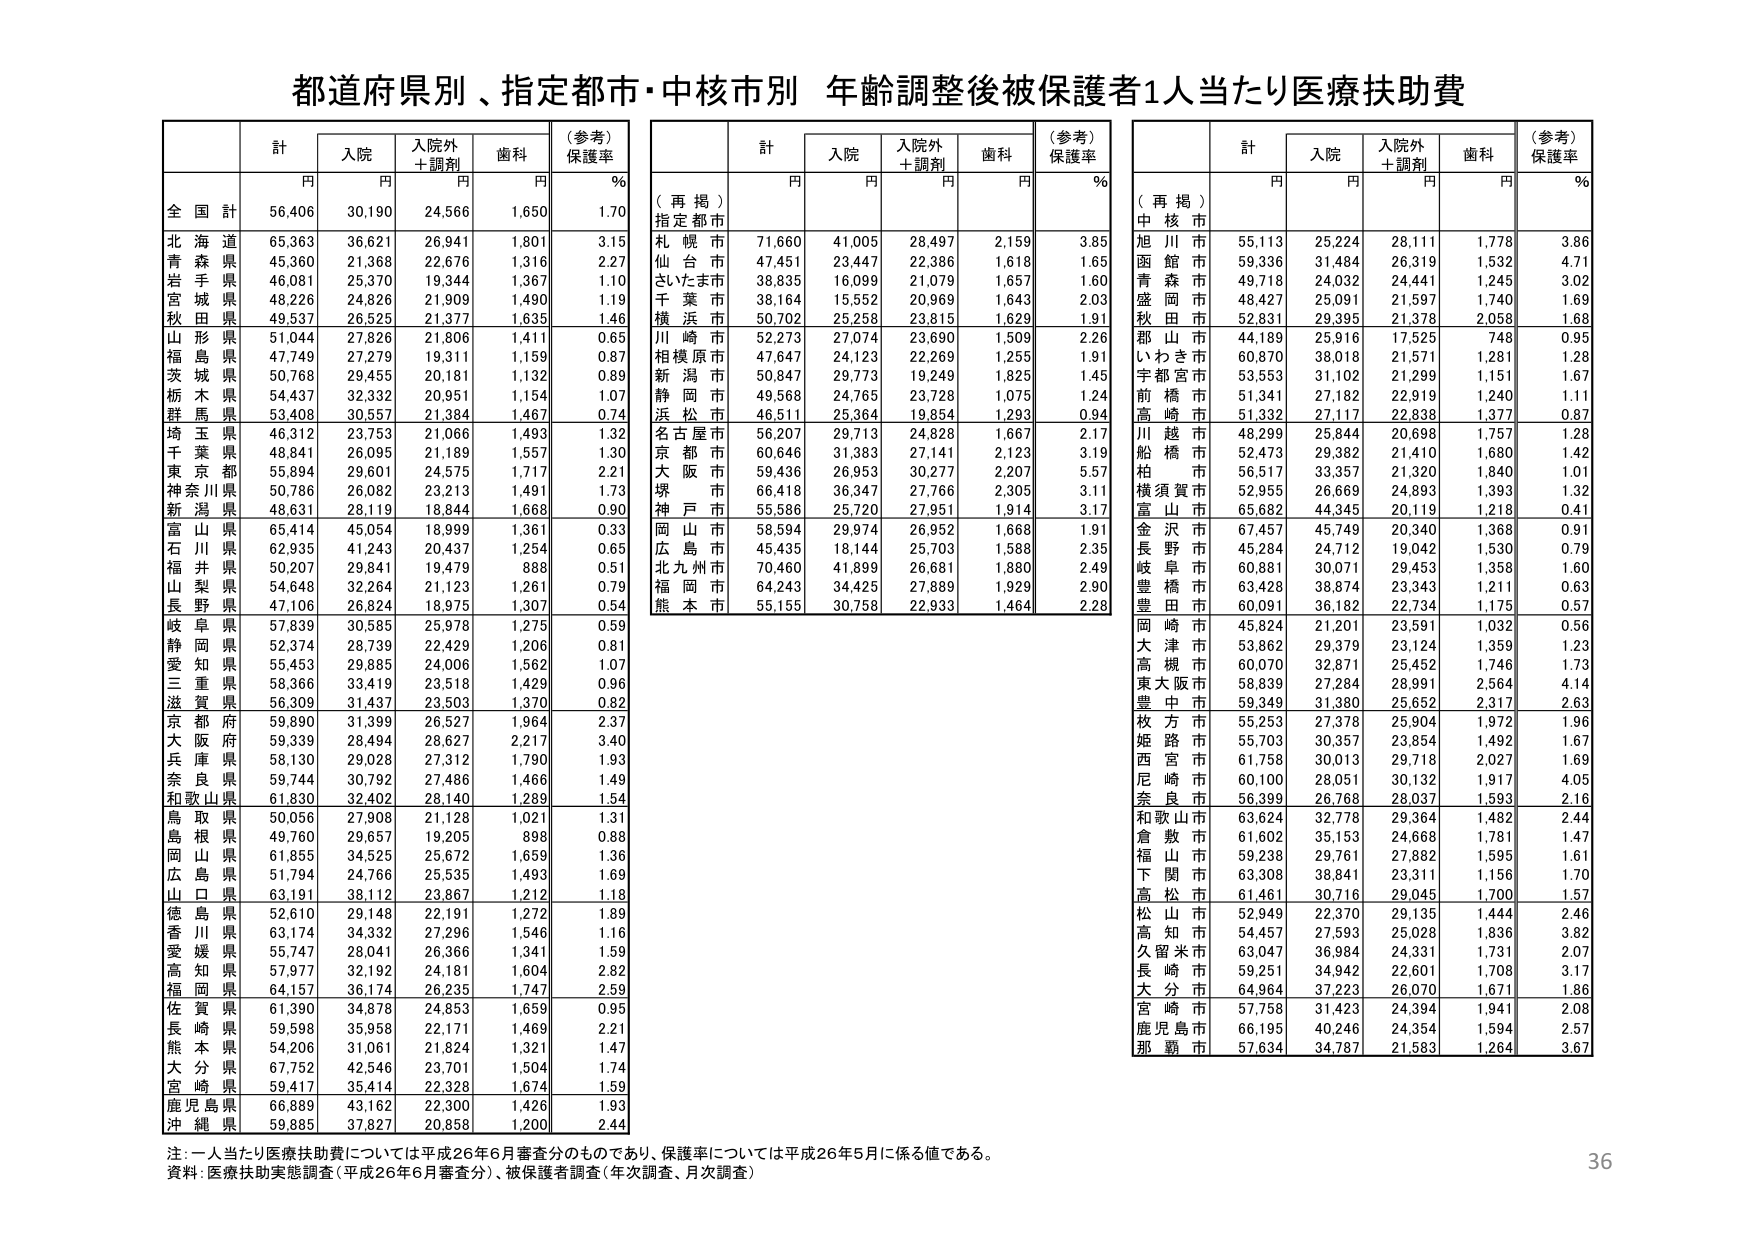
都道府県別、指定都市・中核市別 年齢調整後被保護者1人当たり医療扶助費

計 入院 入院外＋調剤 歯科 （参考）保護率
円 円 円 円 ％

全国計 56,406 30,190 24,566 1,650 1.70
北海道 65,363 36,621 26,941 1,801 3.15
青森県 45,360 21,368 22,676 1,316 2.27
岩手県 46,081 25,370 19,344 1,367 1.10
宮城県 48,226 24,826 21,909 1,490 1.19
秋田県 49,537 26,525 21,377 1,635 1.46
山形県 51,044 27,826 21,806 1,411 0.65
福島県 47,749 27,279 19,311 1,159 0.87
茨城県 50,768 29,455 20,181 1,132 0.89
栃木県 54,437 32,332 20,951 1,154 1.07
群馬県 53,408 30,557 21,384 1,467 0.74
埼玉県 46,312 23,753 21,066 1,493 1.32
千葉県 48,841 26,095 21,189 1,557 1.30
東京都 55,894 29,601 24,575 1,717 2.21
神奈川県 50,786 26,082 23,213 1,491 1.73
新潟県 48,631 28,119 18,844 1,668 0.90
富山県 65,414 45,054 18,999 1,361 0.33
石川県 62,935 41,243 20,437 1,254 0.65
福井県 50,207 29,841 19,479 888 0.51
山梨県 54,648 32,264 21,123 1,261 0.79
長野県 47,106 26,824 18,975 1,307 0.54
岐阜県 57,839 30,585 25,978 1,275 0.59
静岡県 52,374 28,739 22,429 1,206 0.81
愛知県 55,453 29,885 24,006 1,562 1.07
三重県 58,366 33,419 23,518 1,429 0.96
滋賀県 56,309 31,437 23,503 1,370 0.82
京都府 59,890 31,399 26,527 1,964 2.37
大阪府 59,339 28,494 28,627 2,217 3.40
兵庫県 58,130 29,028 27,312 1,790 1.93
奈良県 59,744 30,792 27,486 1,466 1.49
和歌山県 61,830 32,402 28,140 1,289 1.54
鳥取県 50,056 27,908 21,128 1,021 1.31
島根県 49,760 29,657 19,205 898 0.88
岡山県 61,855 34,525 25,672 1,659 1.36
広島県 51,794 24,766 25,535 1,493 1.69
山口県 63,191 38,112 23,867 1,212 1.18
徳島県 52,610 29,148 22,191 1,272 1.89
香川県 63,174 34,332 27,296 1,546 1.16
愛媛県 55,747 28,041 26,366 1,341 1.59
高知県 57,977 32,192 24,181 1,604 2.82
福岡県 64,157 36,174 26,235 1,747 2.59
佐賀県 61,390 34,878 24,853 1,659 0.95
長崎県 59,598 35,958 22,171 1,469 2.21
熊本県 54,206 31,061 21,824 1,321 1.47
大分県 67,752 42,546 23,701 1,504 1.74
宮崎県 59,417 35,414 22,328 1,674 1.59
鹿児島県 66,889 43,162 22,300 1,426 1.93
沖縄県 59,885 37,827 20,858 1,200 2.44

（再掲）指定都市
計 入院 入院外＋調剤 歯科 （参考）保護率
円 円 円 円 ％

札幌市 71,660 41,005 28,497 2,159 3.85
仙台市 47,451 23,447 22,386 1,618 1.65
さいたま市 38,835 16,099 21,079 1,657 1.60
千葉市 38,164 15,552 20,969 1,643 2.03
横浜市 50,702 25,258 23,815 1,629 1.91
川崎市 52,273 27,074 23,690 1,509 2.26
相模原市 47,647 24,123 22,269 1,255 1.91
新潟市 50,847 29,773 19,249 1,825 1.45
静岡市 49,568 24,765 23,728 1,075 1.24
浜松市 46,511 25,364 19,854 1,293 0.94
名古屋市 56,207 29,713 24,828 1,667 2.17
京都市 60,646 31,383 27,141 2,123 3.19
大阪市 59,436 26,953 30,277 2,207 5.57
堺市 66,418 36,347 27,766 2,305 3.11
神戸市 55,586 25,720 27,951 1,914 3.17
岡山市 58,594 29,974 26,952 1,668 1.91
広島市 45,435 18,144 25,703 1,588 2.35
北九州市 70,460 41,899 26,681 1,880 2.49
福岡市 64,243 34,425 27,889 1,929 2.90
熊本市 55,155 30,758 22,933 1,464 2.28

（再掲）中核市
計 入院 入院外＋調剤 歯科 （参考）保護率
円 円 円 円 ％

旭川市 55,113 25,224 28,111 1,778 3.86
函館市 59,336 31,484 26,319 1,532 4.71
青森市 49,718 24,032 24,441 1,245 3.02
盛岡市 48,427 25,091 21,597 1,740 1.69
秋田市 52,831 29,395 21,378 2,058 1.68
郡山市 44,189 25,916 17,525 748 0.95
いわき市 60,870 38,018 21,571 1,281 1.28
宇都宮市 53,553 31,102 21,299 1,151 1.67
前橋市 51,341 27,182 22,919 1,240 1.11
高崎市 51,332 27,117 22,838 1,377 0.87
川越市 48,299 25,844 20,698 1,757 1.28
船橋市 52,473 29,382 21,410 1,680 1.42
柏市 56,517 33,357 21,320 1,840 1.01
横須賀市 52,955 26,669 24,893 1,393 1.32
富山市 65,682 44,345 20,119 1,218 0.41
金沢市 67,457 45,749 20,340 1,368 0.91
長野市 45,284 24,712 19,042 1,530 0.79
岐阜市 60,881 30,071 29,453 1,358 1.60
豊橋市 63,428 38,874 23,343 1,211 0.63
豊田市 60,091 36,182 22,734 1,175 0.57
岡崎市 45,824 21,201 23,591 1,032 0.56
大津市 53,862 29,379 23,124 1,359 1.23
高槻市 60,070 32,871 25,452 1,746 1.73
東大阪市 58,839 27,284 28,991 2,564 4.14
豊中市 59,349 31,380 25,652 2,317 2.63
枚方市 55,253 27,378 25,904 1,972 1.96
姫路市 55,703 30,357 23,854 1,492 1.67
西宮市 61,758 30,013 29,718 2,027 1.69
尼崎市 60,100 28,051 30,132 1,917 4.05
奈良市 56,399 26,768 28,037 1,593 2.16
和歌山市 63,624 32,778 29,364 1,482 2.44
倉敷市 61,602 35,153 24,668 1,781 1.47
福山市 59,238 29,761 27,882 1,595 1.61
下関市 63,308 38,841 23,311 1,156 1.70
高松市 61,461 30,716 29,045 1,700 1.57
松山市 52,949 22,370 29,135 1,444 2.46
高知市 54,457 27,593 25,028 1,836 3.82
久留米市 63,047 36,984 24,331 1,731 2.07
長崎市 59,251 34,942 22,601 1,708 3.17
大分市 64,964 37,223 26,070 1,671 1.86
宮崎市 57,758 31,423 24,394 1,941 2.08
鹿児島市 66,195 40,246 24,354 1,594 2.57
那覇市 57,634 34,787 21,583 1,264 3.67

注：一人当たり医療扶助費については平成26年6月審査分のものであり、保護率については平成26年5月に係る値である。
資料：医療扶助実態調査（平成26年6月審査分）、被保護者調査（年次調査、月次調査）

36